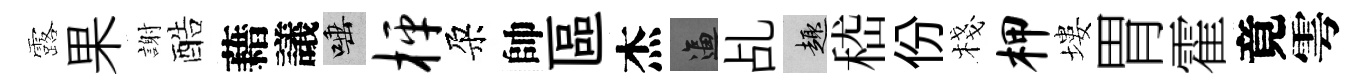
露果謝酷藉議唾枰朶帥區杰逼乩趣嵇份棧柙塿胃霍竟雩